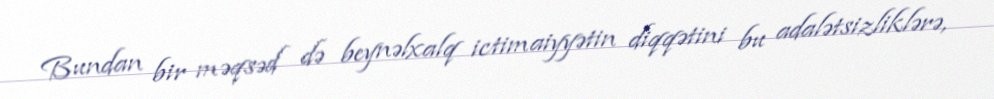
Bundan bir məqsəd də beynəlxalq ictimaiyyətin diqqətini bu adalətsizliklərə,